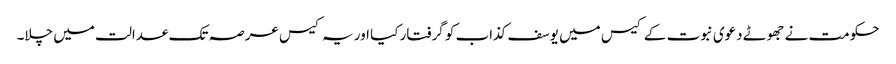
حکومت نے جھوٹے دعوی نبوت کے کیس میں یوسف کذاب کو گرفتار کیا اور یہ کیس عرصہ تک عدالت میں چلا۔